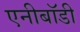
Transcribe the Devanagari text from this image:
एनीबॉडी